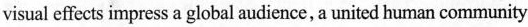
visual effects impress a global audience, a united human community